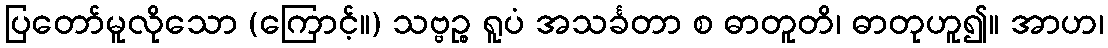
ပြတော်မူလိုသော (ကြောင့်။) သဗ္ဗဉ္စ ရူပံ အသင်္ခတာ စ ဓာတူတိ၊ ဓာတုဟူ၍။ အာဟ၊